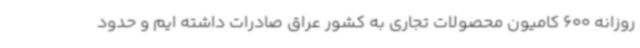
روزانه 600 کامیون محصولات تجاری به کشور عراق صادرات داشته ایم و حدود